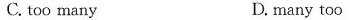
C. too many D.many too